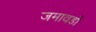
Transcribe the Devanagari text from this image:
जमावडों